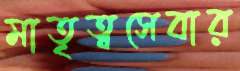
মাতৃত্বসেবার